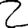
Digit: 2